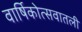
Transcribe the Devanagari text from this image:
वार्षिकोत्सवातली